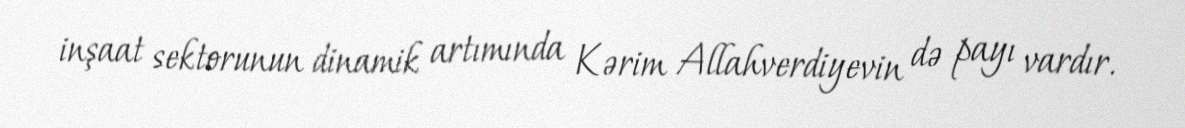
inşaat sektorunun dinamik artımında Kərim Allahverdiyevin də payı vardır.